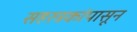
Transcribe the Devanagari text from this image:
सहस्त्रकांपासून